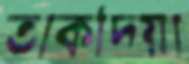
তাকদিয়া